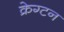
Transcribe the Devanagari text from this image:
क्रेग्टन